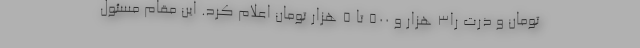
تومان و ذرت را۳ هزار و ۵۰۰ تا ۵ هزار تومان اعلام کرد. این مقام مسئول